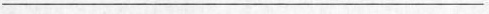
___